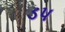
ડપ